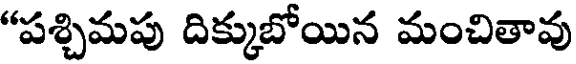
"పశ్చిమపు దిక్కుబోయిన మంచితావు